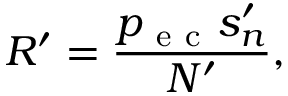
R ^ { \prime } = \frac { p _ { \mathrm { ~ e ~ c ~ } } s _ { n } ^ { \prime } } { N ^ { \prime } } ,